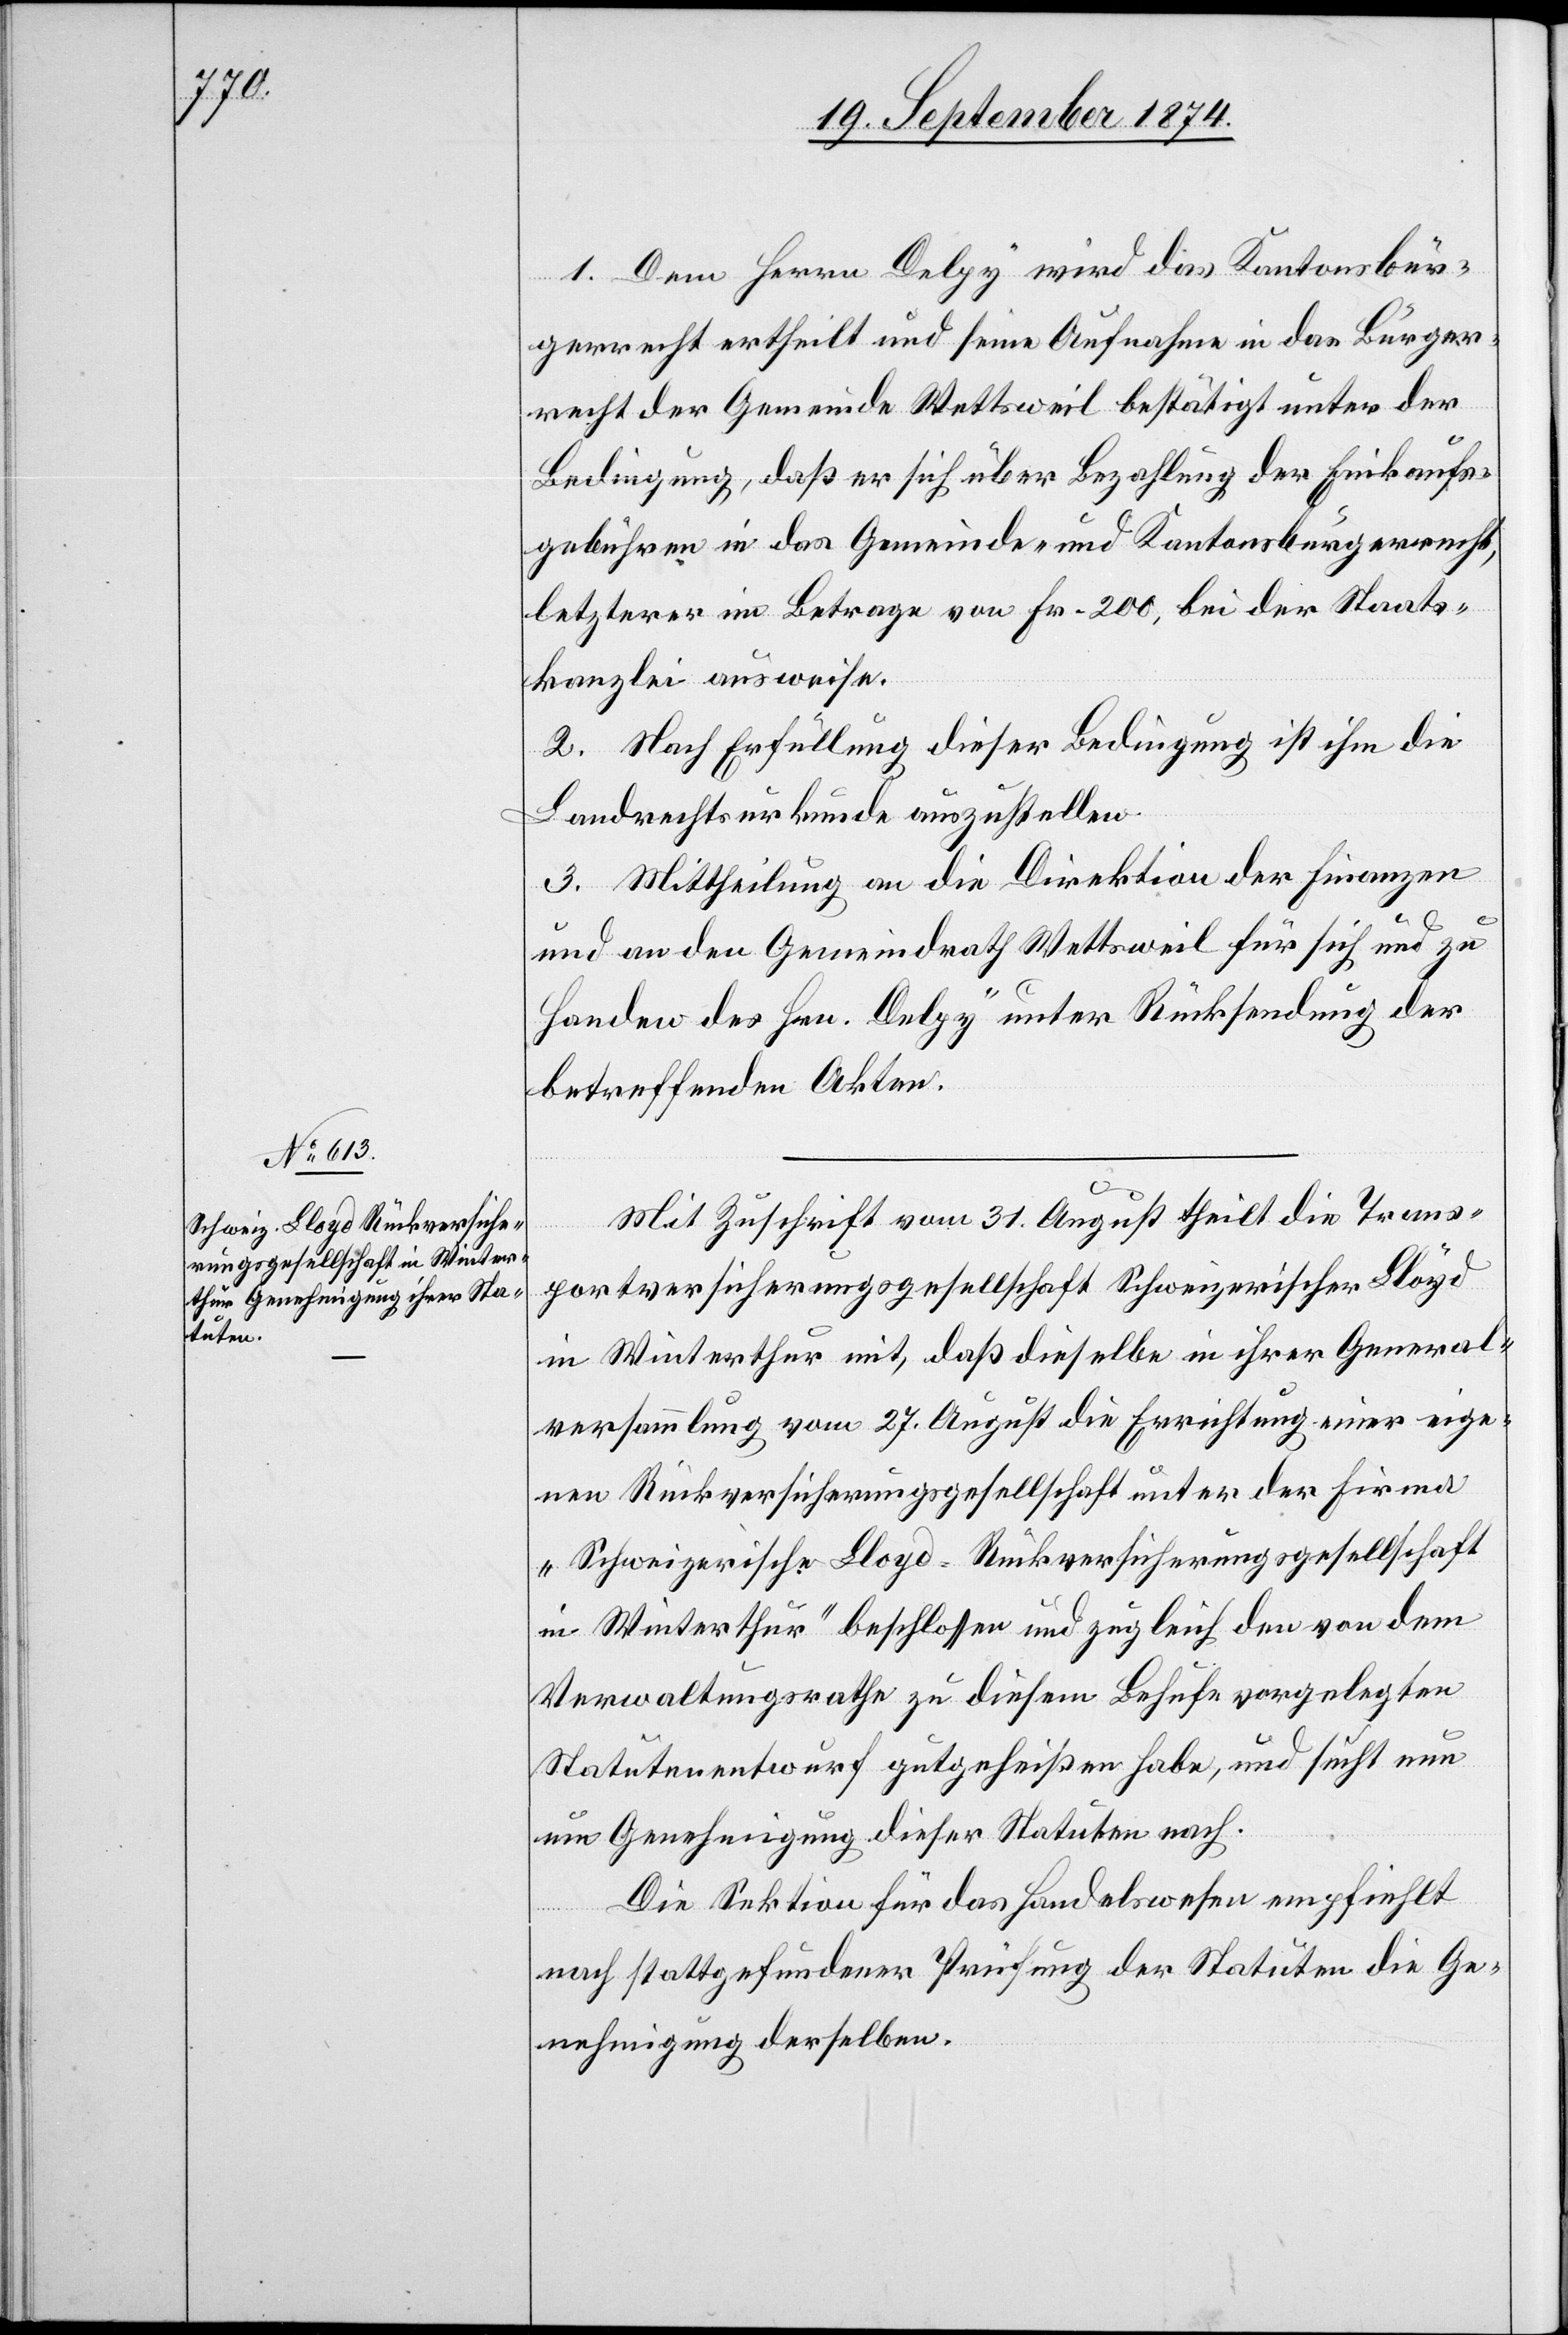
1. Dem Herrn Delpy wird das Kantonsbür¬
gerrecht ertheilt und seine Aufnahme in das Bürger¬
recht der Gemeinde Wettsweil bestätigt unter der
Bedingung, daß er sich über Bezahlung der Einkaufs¬
gebühren in das Gemeinde- und Kantonsbürgerrecht,
letzterer im Betrage von Fr. 200, bei der Staats¬
kanzlei ausweise.
2. Nach Erfüllung dieser Bedingung ist ihm die
Landrechtsurkunde auszustellen.
3. Mittheilung an die Direktion der Finanzen
und an den Gemeindrath Wettsweil für sich und zu
Handen des Hrn. Delpy unter Rücksendung der
betreffenden Akten.
Mit Zuschrift vom 31. August theilt die Trans¬
portversicherungsgesellschaft Schweizerischer Lloyd
in Winterthur mit, daß dieselbe in ihrer General¬
versammlung vom 27. August die Errichtung einer eige¬
nen Rückversicherungsgesellschaft unter der Firma
„Schweizerische Lloyd-Rückversicherungsgesellschaft
in Winterthur“ beschlossen und zugleich den von dem
Verwaltungsrathe zu diesem Behufe vorgelegten
Statutenentwurf gutgeheißen habe, und sucht nun
um Genehmigung dieser Statuten nach.
Die Sektion für das Handelswesen empfiehlt
nach stattgefundener Prüfung der Statuten die Ge¬
nehmigung derselben.